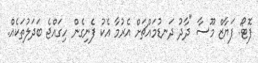
ފޮޓޯ: ފަޔާޒް މޫސާ "ދާދު ދަނޑުމައްޗަށް އެރުމާ އެކު ފެނިގެން ހިގައްޖެ ބަދަލުތަކެއް.